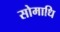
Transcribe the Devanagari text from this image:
सोमाधि